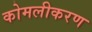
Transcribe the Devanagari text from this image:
कोमलीकरण